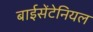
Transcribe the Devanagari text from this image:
बाईसेंटेनियल